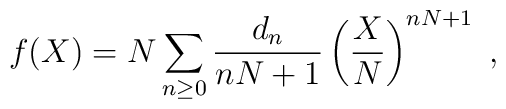
f(X)=N \sum_{n\ge 0} {d_n\over {nN+1}} \left(X\over N\right)^{nN+1}~,